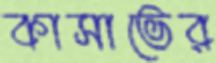
কাসাভের